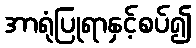
အာရုံပြုရာနှင့်စပ်၍